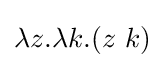
\lambda z.\lambda k.(z\ k)